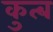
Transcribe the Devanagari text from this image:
कुत्ब